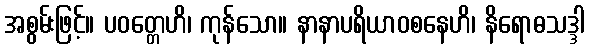
အစွမ်းဖြင့်။ ပဝတ္တေဟိ၊ ကုန်သော။ နာနာပရိယာဝစနေဟိ၊ နိရောဓသဒ္ဒါ